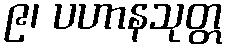
၉၊ ပဟာနသုတ္တ